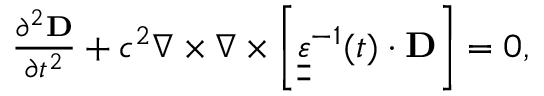
\begin{array} { r } { \frac { \partial ^ { 2 } { \bf D } } { \partial t ^ { 2 } } + c ^ { 2 } \nabla \times \nabla \times \left[ { \underline { { \underline { \varepsilon } } } ^ { - 1 } ( t ) \cdot \bf D } \right] = 0 , } \end{array}